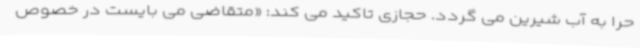
حرا به آب شیرین می گردد. حجازی تاکید می کند: «متقاضی می بایست در خصوص